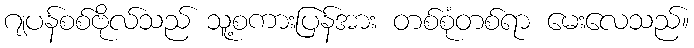
ဂျပန်စစ်ဗိုလ်သည် သူ့စကားပြန်အား တစ်စုံတစ်ရာ မေးလေသည်။